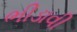
ભીડાવી